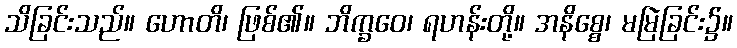
သိခြင်းသည်။ ဟောတိ၊ ဖြစ်၏။ ဘိက္ခဝေ၊ ရဟန်းတို့။ အနိစ္စေ၊ မမြဲခြင်း၌။